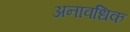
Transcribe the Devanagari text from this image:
अनावधिक